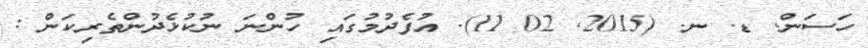
ހަސަން